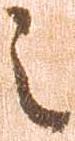
之